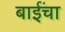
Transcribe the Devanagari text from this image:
बाईंचा